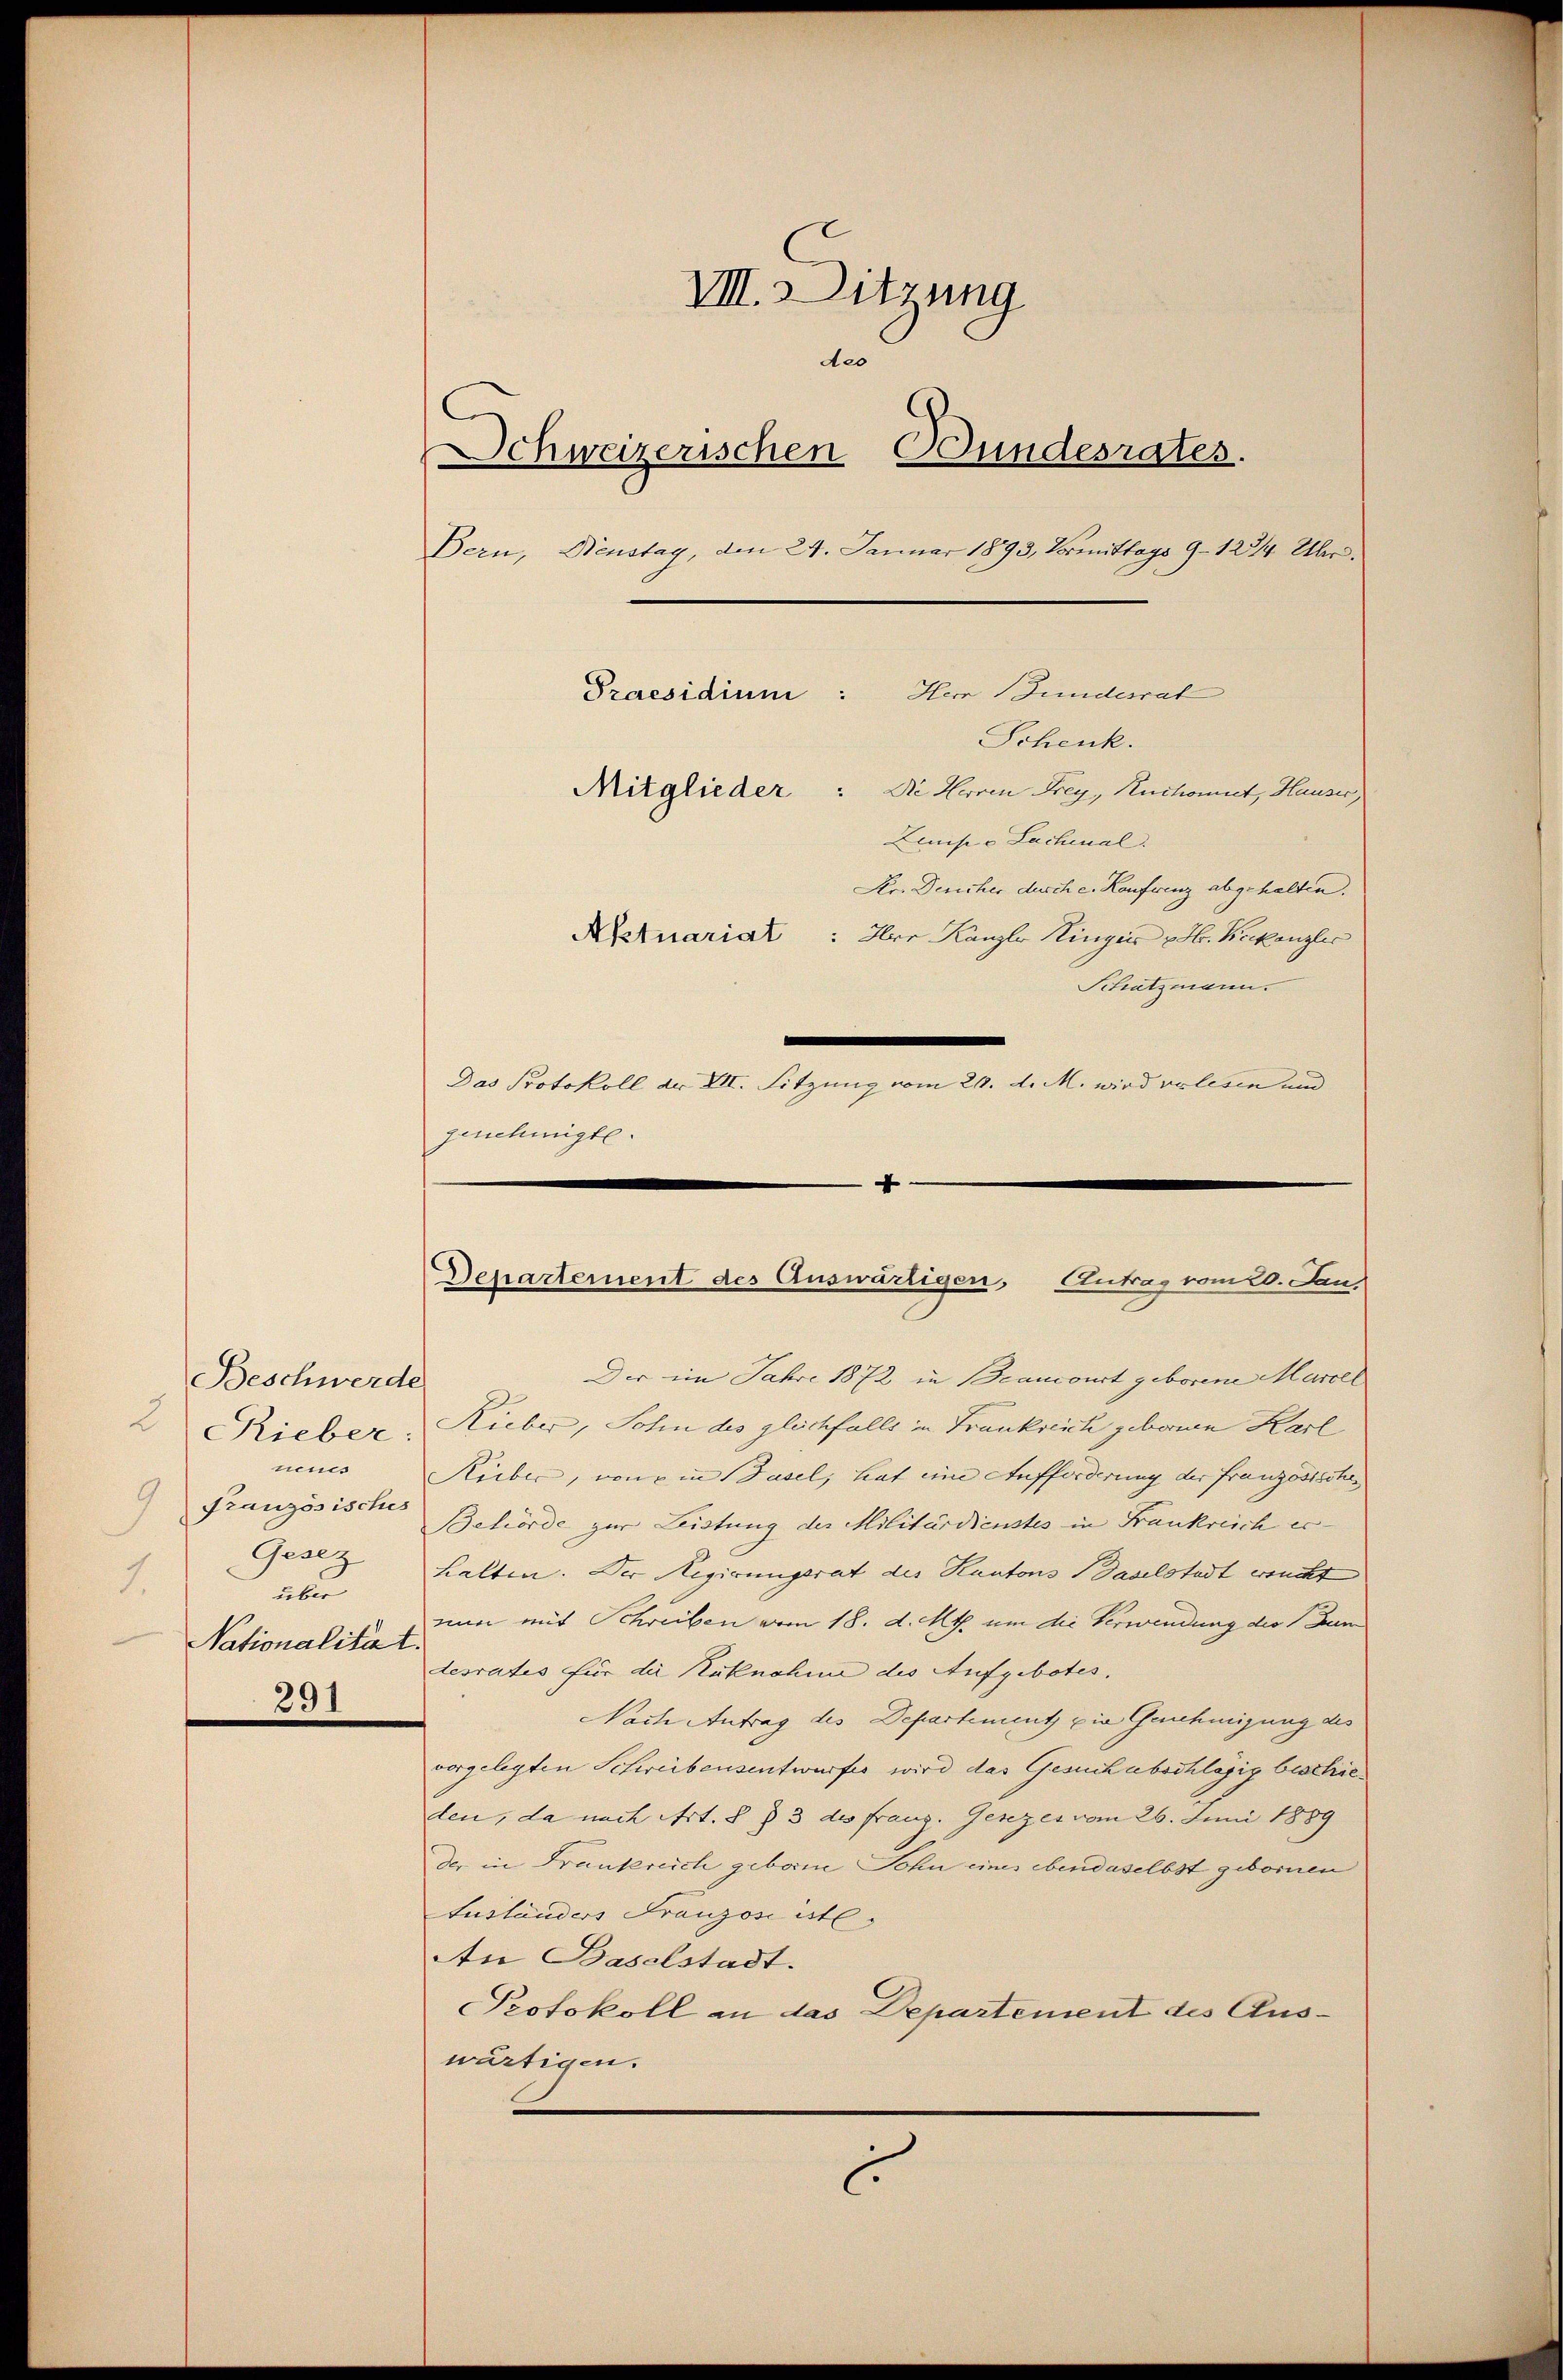
Beschwerde
2
Rieber:
neus
C
Französisches
Gesez
1.
über
Nationalität.
291

VIII. Mitzung
des
Schweizerischen Bundesrates.
Bern, Dienstag, den 24. Januar 1893, Vormittags 9–1234. Uhr
Herr Gundesrat
Praesidium:
Schenk.
Mitglieder: Die Herrn Frey, Ruchomut, Hauser,
Leuise - Lachenal.
Ser. Desicher durch e. Konfrenz abgehalten.
Actuariat : Ihre Kanzle Hinger H. Bekanzler
Schatzmann.
Das Protokoll der XII. Sitzung vom 20. d. M. wird verlesen und
genehmigte.

4
Departement des Auswärtigen, Antrag vom 20. Jan.

Der im Jahre 1872 in Brancourt geborene Marcel
Rieber, Sohn des glichfalls in Frankreich geborenen Karl
Rieber, von in Basel, hat eine Aufforderung der Französischen
Behörde zur Leistung der Militärdienstes in Frankreich er-
halten. Der Regierungsrat des Kantons Daselstadt wucht
nun mit Schreiben vom 18. d. Mts. um die Verwendung des Bun
desrates für die Ruknahme des Aufgebotes.
Nache Antrag des Departement die Genehmigung des
vorgelegten Scheibensentwurfes wird das Gesuch abschlägig beschieden, da nach Art. 8 § 3 des Franz. Gesezes vom 26. Juni 1889
der in Frankreich geboren Sohn eines ebendaselbst gebornen
Eusländers Franzon atl.
An Baselstadt.
Protokoll an das Departement des Auswärtigen.
c